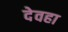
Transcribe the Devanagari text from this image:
देवहा